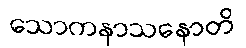
သောကနာသနောတိ